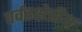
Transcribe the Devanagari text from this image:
पर्वतक्षेत्रीय